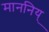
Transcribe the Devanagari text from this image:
माननिय्